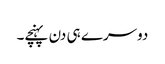
دوسرے ہی دن پہنچے۔